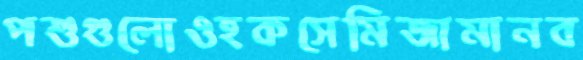
পশুগুলোওহকসেমিজামানব